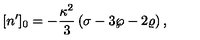
[ n ^ { \prime } ] _ { 0 } = - { \frac { \kappa ^ { 2 } } { 3 } } \left( \sigma - 3 \wp - 2 \varrho \right) ,